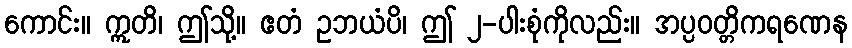
ကောင်း။ ဣတိ၊ ဤသို့။ ဧတံ ဥဘယံပိ၊ ဤ ၂-ပါးစုံကိုလည်း။ အပ္ပဝတ္တိကရဏေန